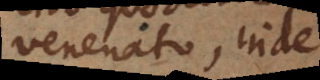
venenato, inde